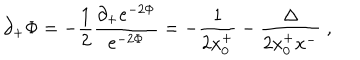
LaTeX: \partial _ { + } \Phi = - { \frac { 1 } { 2 } } \frac { \partial _ { + } e ^ { - 2 \Phi } } { e ^ { - 2 \Phi } } = - { \frac { 1 } { 2 x _ { 0 } ^ { + } } } - \frac { \Delta } { 2 x _ { 0 } ^ { + } x ^ { - } } \; ,